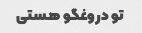
تو دروغگو هستی